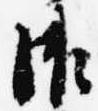
御